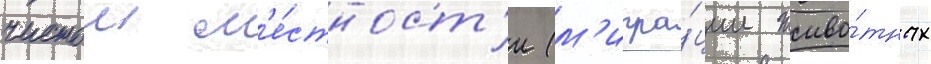
чистои м'е́стност'и (м'игра́ции живо́тных